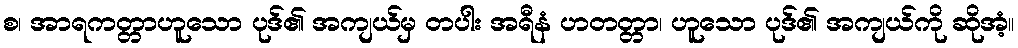
စ၊ အာရကတ္တာဟူသော ပုဒ်၏ အကျယ်မှ တပါး အရီနံ ဟတတ္တာ၊ ဟူသော ပုဒ်၏ အကျယ်ကို ဆိုအံ့။